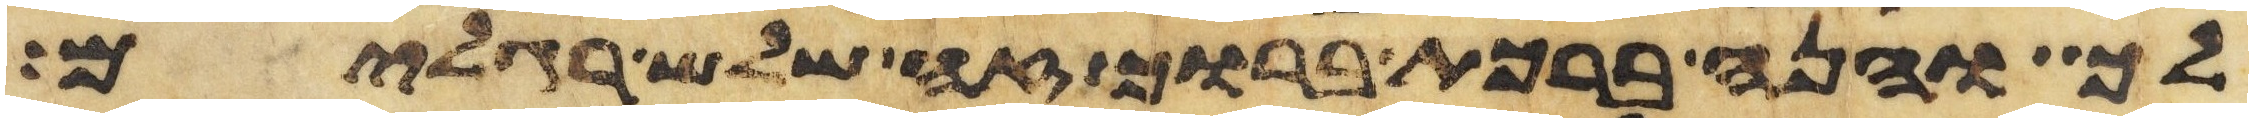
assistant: לך והנה ברכת ברוך זה שלש רגלים